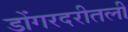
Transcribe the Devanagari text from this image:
डोंगरदरीतली